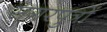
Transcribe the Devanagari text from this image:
सगरपुत्रों